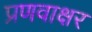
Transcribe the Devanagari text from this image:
प्रणवाक्षर